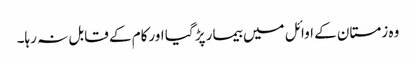
وہ زمستان کے اوائل میں بیمار پڑ گیا اورکام کے قابل نہ رہا۔